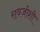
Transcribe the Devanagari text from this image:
रावजोशी